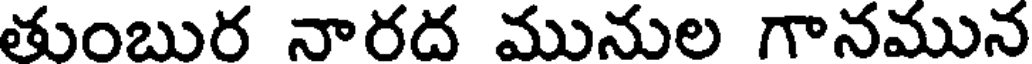
తుంబుర నారద మునుల గానమున